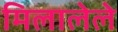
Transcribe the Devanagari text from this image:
मिलालेले